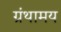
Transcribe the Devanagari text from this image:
ग्रंथामय